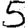
Digit: 5